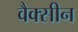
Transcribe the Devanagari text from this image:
वैक्‍सीन